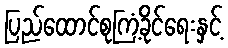
ပြည်ထောင်စုကြံ့ခိုင်ရေးနှင့်